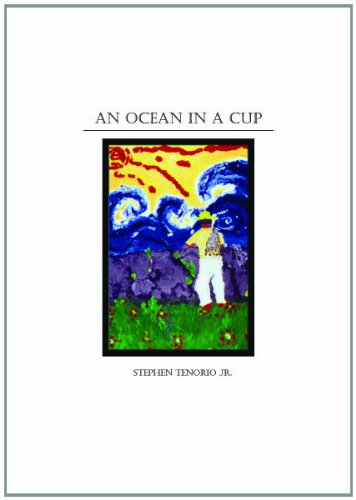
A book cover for An Ocean in a Cup; Stephen Tenorio Jr.; Travel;